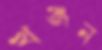
খঞ্জন